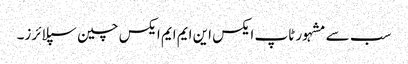
سب سے مشہور ٹاپ ایکس این ایم ایم ایکس چین سپلائرز۔